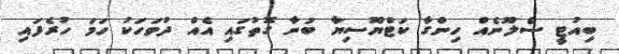
ބިއުޓީ ސެލޫނެއް ހިންގާ ކަޓްޔޫސިޔާ ބުނާ ގޮތުގައި އެއް ދުވަހަކު ހަމަ ހުރެފައި